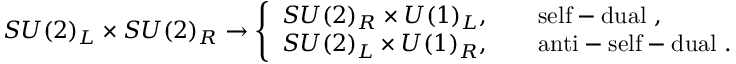
S U ( 2 ) _ { L } \times S U ( 2 ) _ { R } \rightarrow \left\{ \begin{array} { l } { { S U ( 2 ) _ { R } \times U ( 1 ) _ { L } , \qquad \mathrm { s e l f - d u a l ~ \do ~ } , } } \\ { { S U ( 2 ) _ { L } \times U ( 1 ) _ { R } , \qquad \mathrm { a n t i - s e l f - d u a l ~ \do ~ } . } } \end{array} \right.